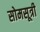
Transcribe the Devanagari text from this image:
सोमसूत्री